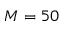
M = 5 0